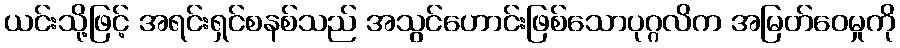
ယင်းသို့ဖြင့် အရင်းရှင်စနစ်သည် အသွင်ဟောင်းဖြစ်သောပုဂ္ဂလိက အမြတ်ဝေမှုကို